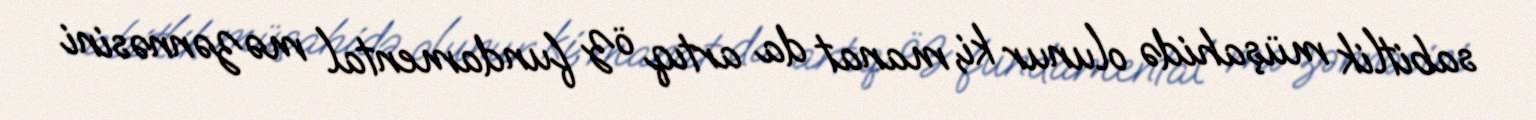
sabitlik müşahidə olunur ki, manat da artıq öz fundamental məzənnəsini